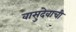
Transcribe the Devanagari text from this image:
वासुदेवाची